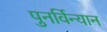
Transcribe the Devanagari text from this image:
पुनर्विन्यान